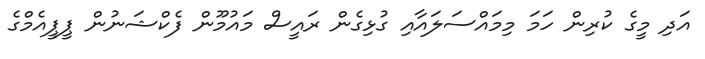
އަދި މީގެ ކުރިން ހަމަ މިމައްސަލައާއި ގުޅިގެން ރައީސް މައުމޫން ފެކްޝަނުން ޕީޕީއެމްގެ